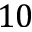
1 0